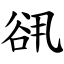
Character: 谻